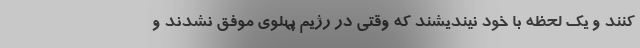
کنند و یک لحظه با خود نیندیشند که وقتی در رژیم پهلوی موفق نشدند و